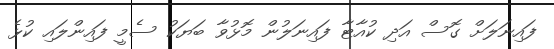
ފައިނަލަށް ގޮސް އަދި ކުއާޓާ ފައިނަލުން މޮޅުވާ ބަޔަކު ސެމީ ފައިންލައި ކުޅެ